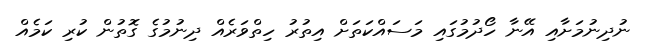
ނުދިނުމަށާއި އޭނާ ހޯދުމުގައި މަސައްކަތަށް އިތުރު ހިތްވަރެއް ދިނުމުގެ ގޮތުން ކުރި ކަމެއް